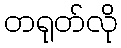
တရုတ်လို